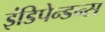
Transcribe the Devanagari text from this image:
इंडिपेन्डन्स